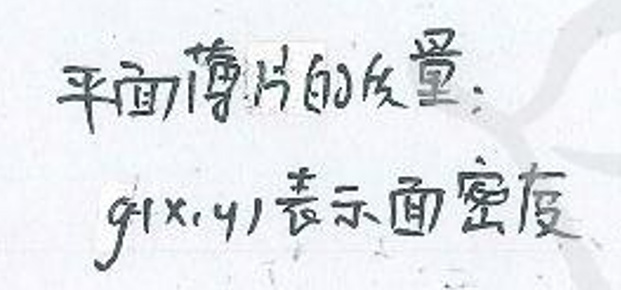
平面薄片的质量：\(g(x,y)\)表示面密度